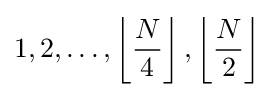
1,2,\ldots ,\left\lfloor {\frac {N}{4}}\right\rfloor ,\left\lfloor {\frac {N}{2}}\right\rfloor